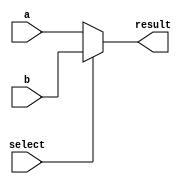
module mux_32bit(input [31:0] a,input [31:0] b,input select,output [31:0] result);

    assign result=(select==1)?b:a;

endmodule

module mux_5bit(input [4:0] a,input [4:0] b,input select,output [4:0] result);

    assign result=(select==1)?b:a;

endmodule